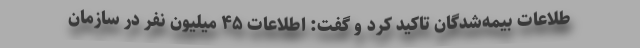
طلاعات بیمه‌شدگان تاکید کرد و گفت: اطلاعات ۴۵ میلیون نفر در سازمان